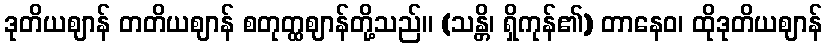
ဒုတိယဈာန် တတိယဈာန် စတုတ္ထဈာန်တို့သည်။ (သန္တိ၊ ရှိကုန်၏) တာနေဝ၊ ထိုဒုတိယဈာန်